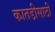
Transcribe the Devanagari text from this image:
कातडीसाठी